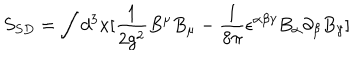
S _ { S D } = \int d ^ { 3 } x [ \frac { 1 } { 2 g ^ { 2 } } B ^ { \mu } B _ { \mu } - \frac { 1 } { 8 \pi } \epsilon ^ { \alpha \beta \gamma } B _ { \alpha } \partial _ { \beta } B _ { \gamma } ]